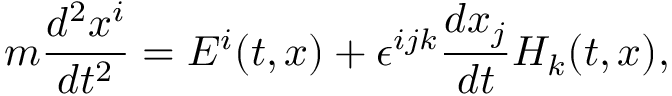
m \frac { d ^ { 2 } x ^ { i } } { d t ^ { 2 } } = E ^ { i } ( t , x ) + \epsilon ^ { i j k } \frac { d x _ { j } } { d t } H _ { k } ( t , x ) ,